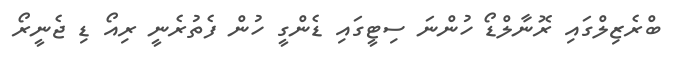
ބްރެޒިލްގައި ރޮނާލްޑޯ ހުންނަ ސިޓީގައި ޑެންގީ ހުން ފެތުރެނީ ރިއޯ ޑި ޖެނީރޯ